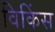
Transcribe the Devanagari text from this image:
विकिंस